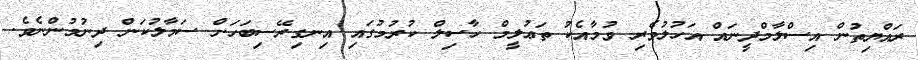
ރައްޔިތުން އިސްލާމްދީނައް އަހުލުވެރި ވުމާއެކު ތަޢުލީމް ހާސިލް ކުރުމުގައި އިނގިރޭސިބަހަށް ސަމާލުކަން ދިނުމުންނެވެ.